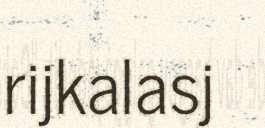
rijkalasj